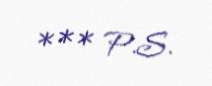
*** P.S.